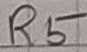
Text: R5